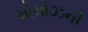
મોમોઝની